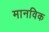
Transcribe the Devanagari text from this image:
मानविक